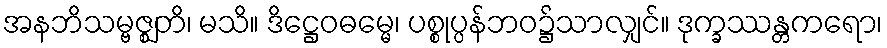
အနဘိသမ္ဗဇ္ဈတိ၊ မသိ။ ဒိဋ္ဌေဝဓမ္မေ၊ ပစ္စုပ္ပန်ဘဝ၌သာလျှင်။ ဒုက္ခဿန္တကရော၊